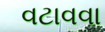
વટાવવા